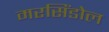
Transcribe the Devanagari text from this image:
मरसिंडोल